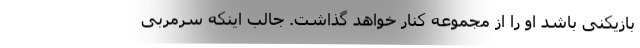
بازیکنی باشد او را از مجموعه کنار خواهد گذاشت. جالب اینکه سرمربی